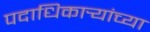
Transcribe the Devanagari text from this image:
पदाधिकार्‍यांच्या